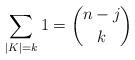
LaTeX: \begin{align*} \sum_{|K| = k} 1 = \binom{n-j}{k} \end{align*}